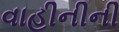
વાહીનીની